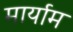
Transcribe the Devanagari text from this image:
मार्याम